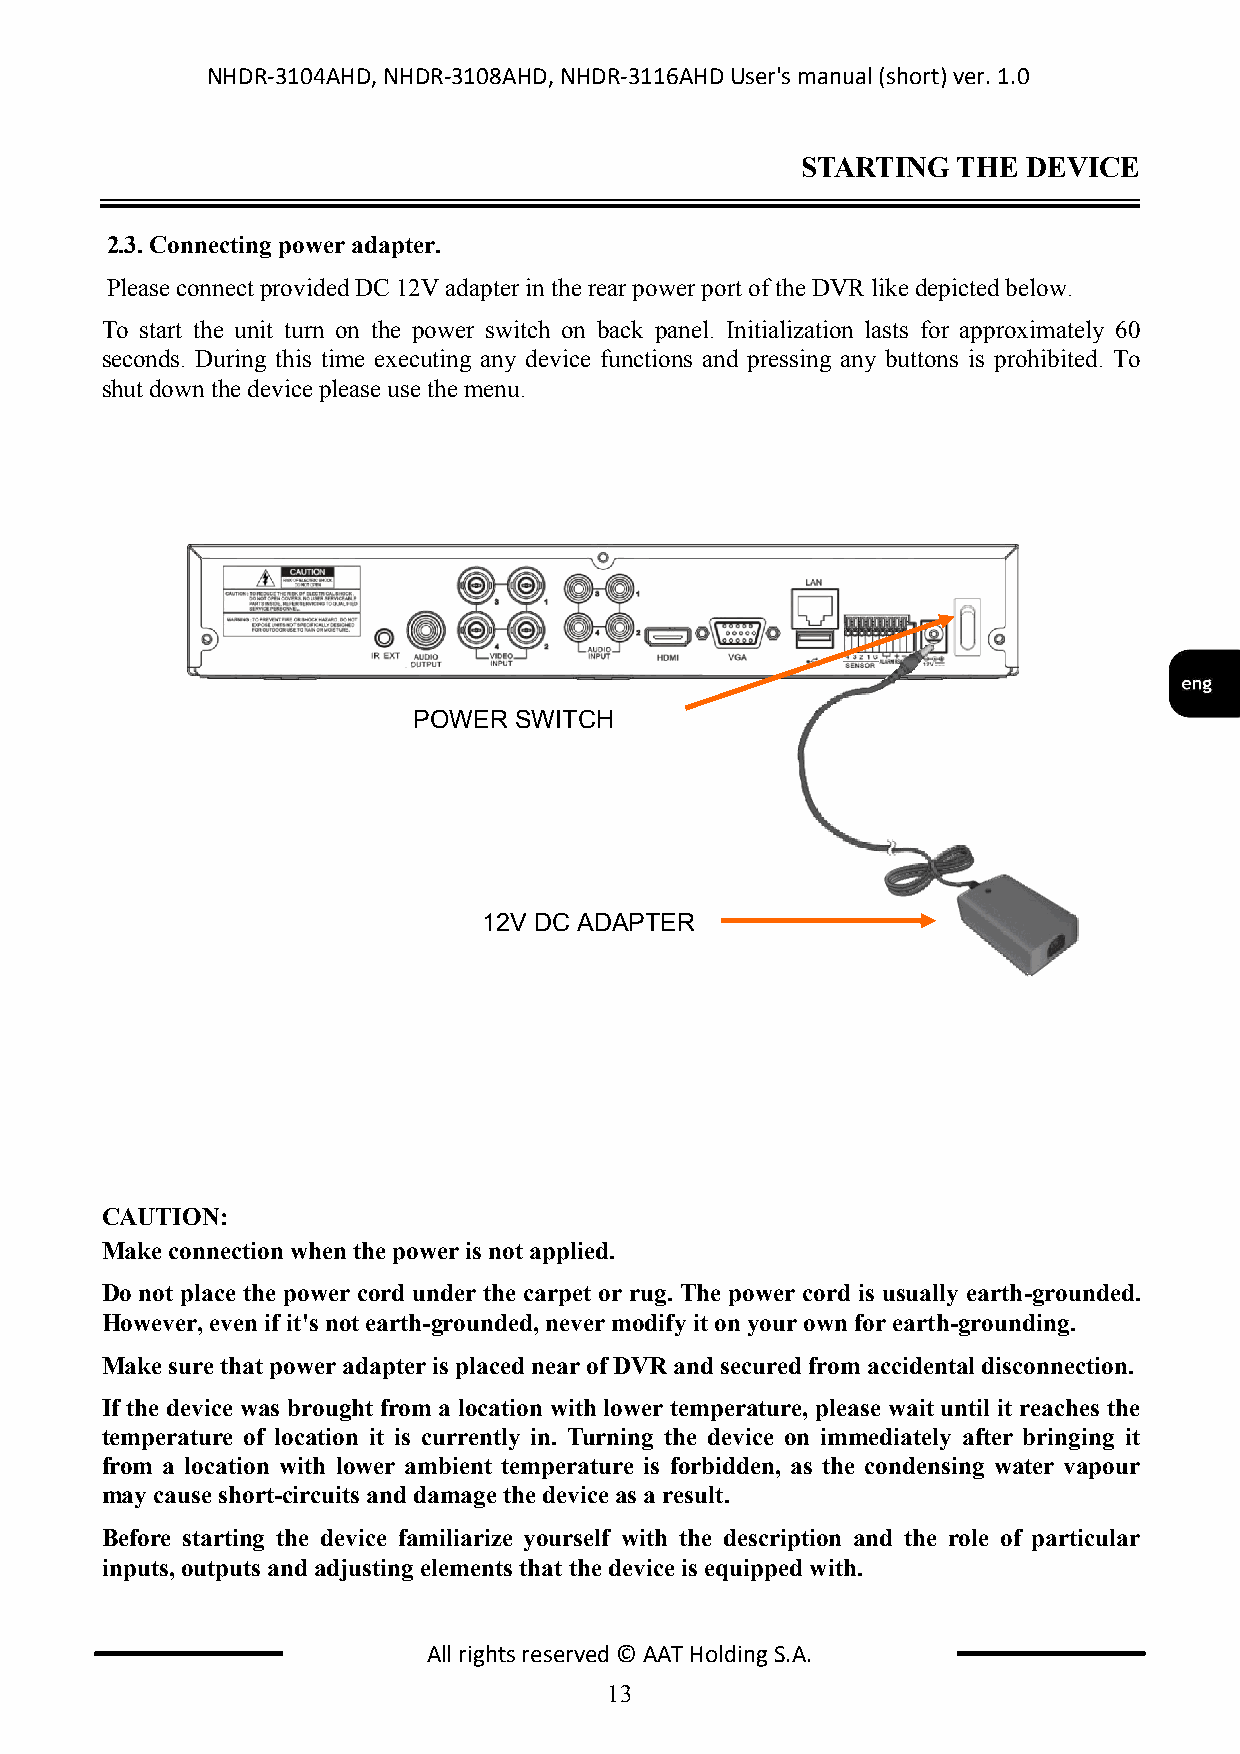
NHDR-3104AHD, NHDR-3108AHD, NHDR-3116AHD User's manual (short) ver. 1.0
 STARTING  THE  DEVICE
 2.3. Connecting power adapter.
 Please connect provided DC 12V adapter in the rear power port of the DVR like depicted below.
 To start the unit turn on the power switch on back panel. Initialization lasts for approximately 60
 seconds. During this time executing any device functions and pressing any buttons is prohibited. To
 shut down the device please use the menu.
 POWER  SWITCH
 12V DC ADAPTER
 CAUTION:
 Make connection when the power is not applied.
 Do not place the power cord under the carpet or rug. The power cord is usually earth-grounded.
 However, even if it's not earth-grounded, never modify it on your own for earth-grounding.
 Make sure that power adapter is placed near of DVR and secured from accidental disconnection.
 If the device was brought from a location with lower temperature, please wait until it reaches the
 temperature of location it is currently in. Turning the device on immediately after bringing it
 from a location with lower ambient temperature is forbidden, as the condensing water vapour
 may cause short-circuits and damage the device as a result.
 Before starting the device familiarize yourself with the description and the role of particular
 inputs, outputs and adjusting elements that the device is equipped with.
 All rights reserved © AAT Holding S.A.
 13